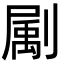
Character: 㔉